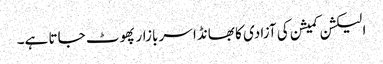
الیکشن کمیشن کی آزادی کا بھانڈا سر بازار پھوٹ جاتا ہے۔